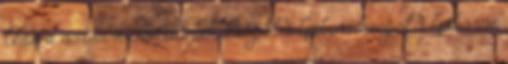
lesz a sorsa a családnak Leopold Gábor, Leopold Gáborné